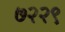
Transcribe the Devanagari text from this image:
७२२९